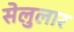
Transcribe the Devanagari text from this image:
सेलुलार